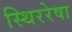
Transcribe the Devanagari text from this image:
स्थिररेषा